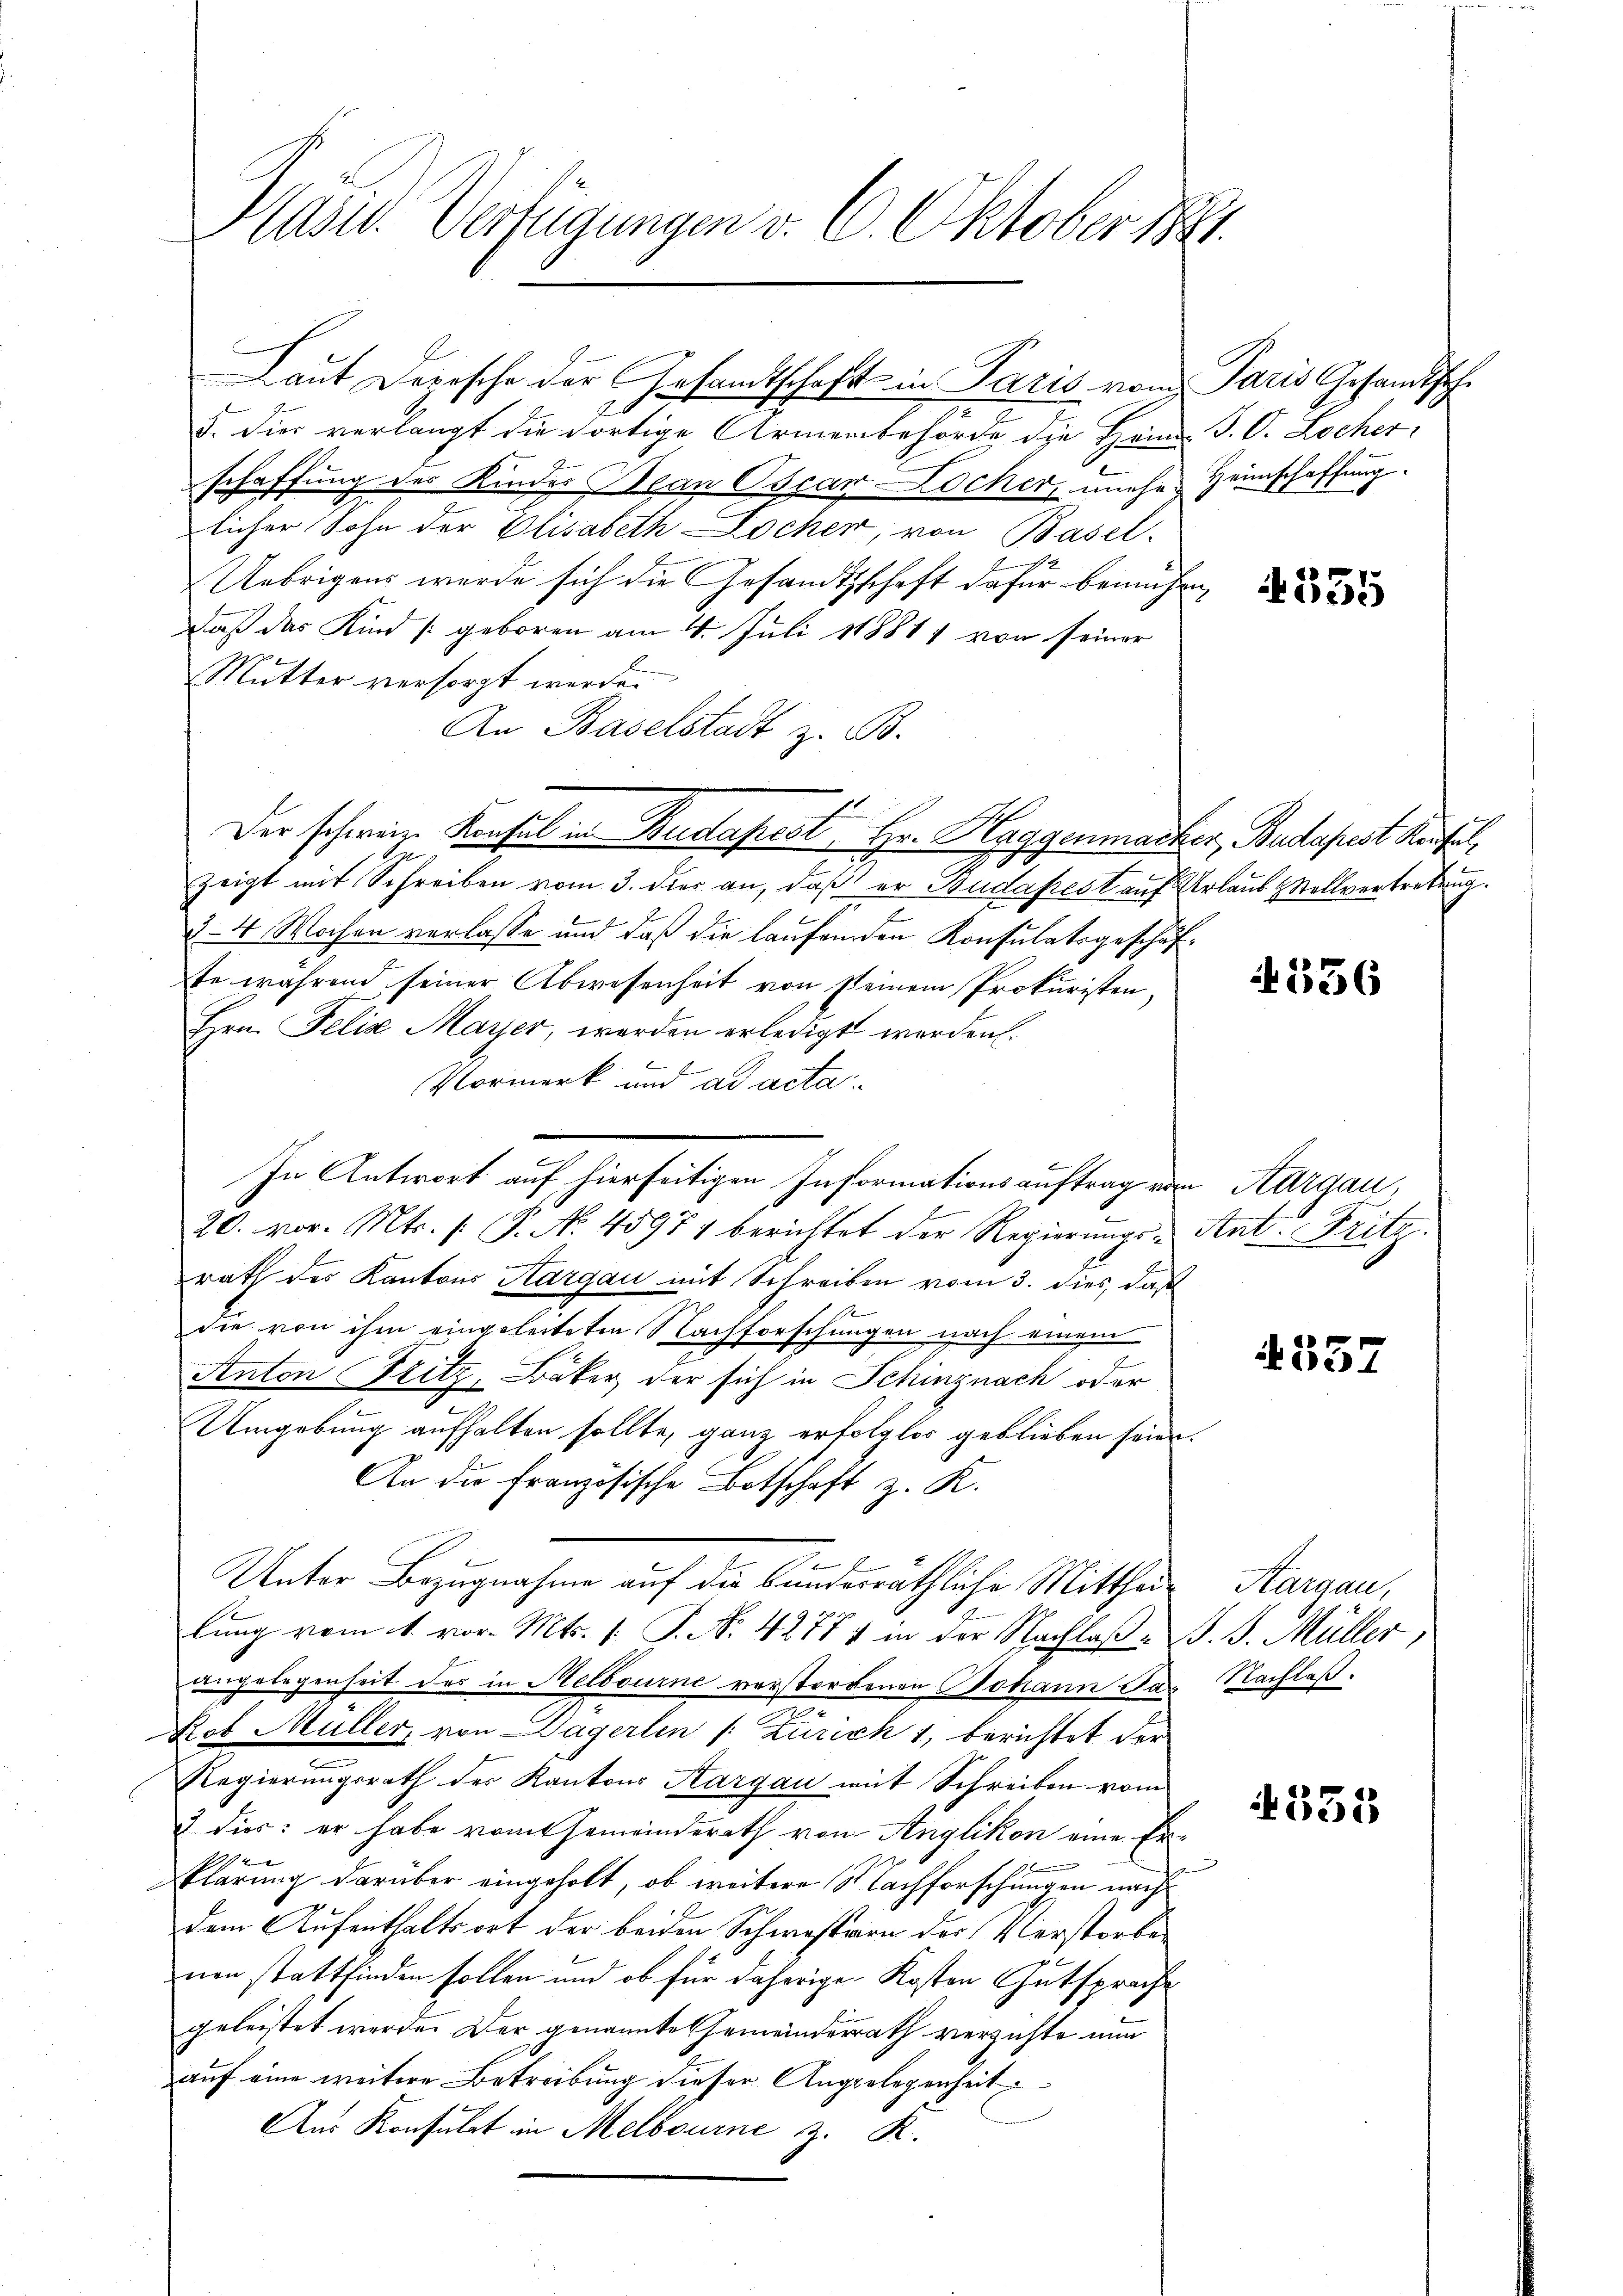
Präsid. Verfügungen v. 6. Oktober 1881.

5. dies verlangt die dortige Armenbehörde die Heim. S. O. Locher,
schaffung des Kinder Bean Oscar Locker, unehe Heimschaffung
licher Sohn der Elisabeth Locher, von Basel-
1
Uebrigens werde sich die Gesandtschaft dafür bemühen
daß das Kind geboren am 4. Juli 188811 von seiner
Mutter versorgt werde.
An Baselstadt z. B.
Der schwein Konsul in Budapest, Hr. Haggenmacker, Budapest Kaufel
zeigt mit Schreiben vom 3. dies an, daß er Budapest auf Urlaus Stollvertretung.
§ 4 Wochen verlasse und daß die laufenden Konsulatsgeschäfte während seiner Abwesenheit von seinem Prokuristen,
Hrn. Felix Mayer, werden erledigt werden.
b
f
Vormerk und ad acta
e
In Antwort auf hierseitigen Informationsauftrag von Aargau,
l
20. vor. Mts. (: P. Nr. 45971 berichtet der Regierŭngs- Ant. Fritz
rath des Kantons Aargau mit Schreiben vom 3. dies, daß
die von ihm eingeleiteten Nachforschungen nach einem
Anton Fritz, Bäker der sich in Schinznach oder
Umgebung aufhalten sollte, ganz erfolglos geblieben seien.
An die Französische Botschaft z. K.
Unter Bezugnahme auf die bundesräthliche Mittheilung vom 1. vor. Mts. 1. P. Nr. 42774 in der Nachlaß B. J. Müller,
angelegenheit des in Melbourne verstorbenen Johann Ja
t
Rob Müller, von Dägerlen (: Zürich 1, berichtet der
Regierungsrath der Kantons Aargau mit Schreiben vom
& dies: er habe vom Gemeinderath von Anglikon eine Er-
b
klärung darüber eingeholt, ob weitere Nachforschungen nach
dem Aufenthaltsort der beiden Schwestern der Verstorben

nen stattfinden sollen und ob für daherige Kosten Entsprache
geleistet werde. Der genannte Gemeinderrath verzichte nun
auf eine weitere Betreibung dieser Angelegenheit
Aus Konsulat in Melbourne z. K.

Laut Depesche der Gesamtschaft in Paris vom Paris Gesandtsch¬

4355

356

337

Hargau,
Nachlaß.

335